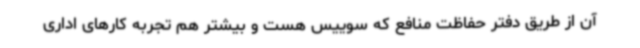
آن از طریق دفتر حفاظت منافع که سوییس هست و بیشتر هم تجربه کارهای اداری